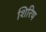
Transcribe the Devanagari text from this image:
शिरिष